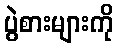
ပွဲစားများကို